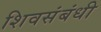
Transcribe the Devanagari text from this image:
शिवसंबंधी